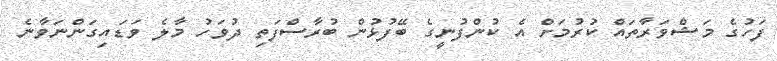
ފަހުގެ މަޝްވަރާތައް ކުރުމަށް އެ ކުންފުނީގެ ބޭފުޅުން ބުރާސްފަތި ދުވަހު މާލެ ވަޑައިގަންނަވާނެ